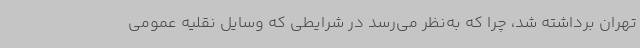
تهران برداشته شد، چرا که به‌نظر می‌رسد در شرایطی که وسایل نقلیه عمومی